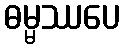
ဓမ္မဿပေ